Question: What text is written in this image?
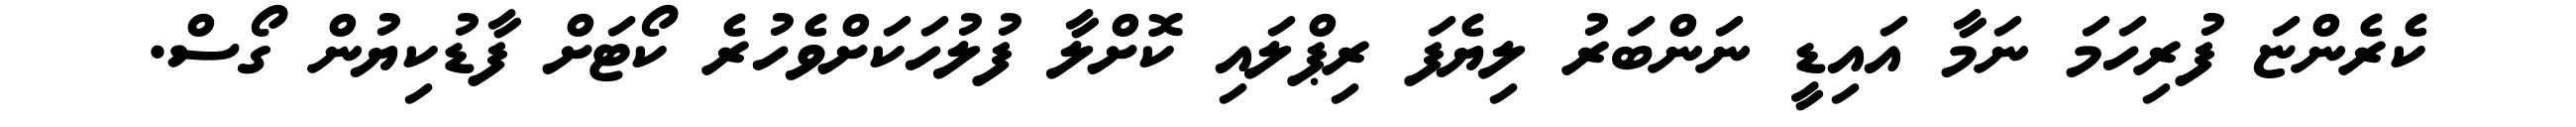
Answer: ކެރެންޏަ ފުރިހަމަ ނަމާ އައިޑީ ނަންބަރު ލިޔެފަ ރިޕްލައި ކޮށްލާ ފުލުހަކަށްވެހުރެ ކޯޓަށް ފާޑުކިޔުން ގޯސް.